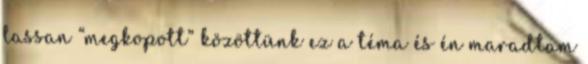
lassan “megkopott” közöttünk ez a téma és én maradtam